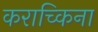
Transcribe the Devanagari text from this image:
कराच्किना